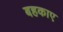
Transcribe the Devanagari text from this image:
बहकाए